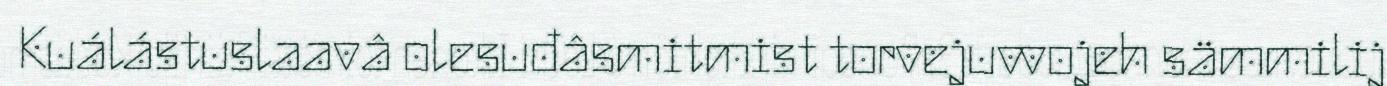
Kuálástuslaavâ olesuđâsmitmist torvejuvvojeh sämmilij